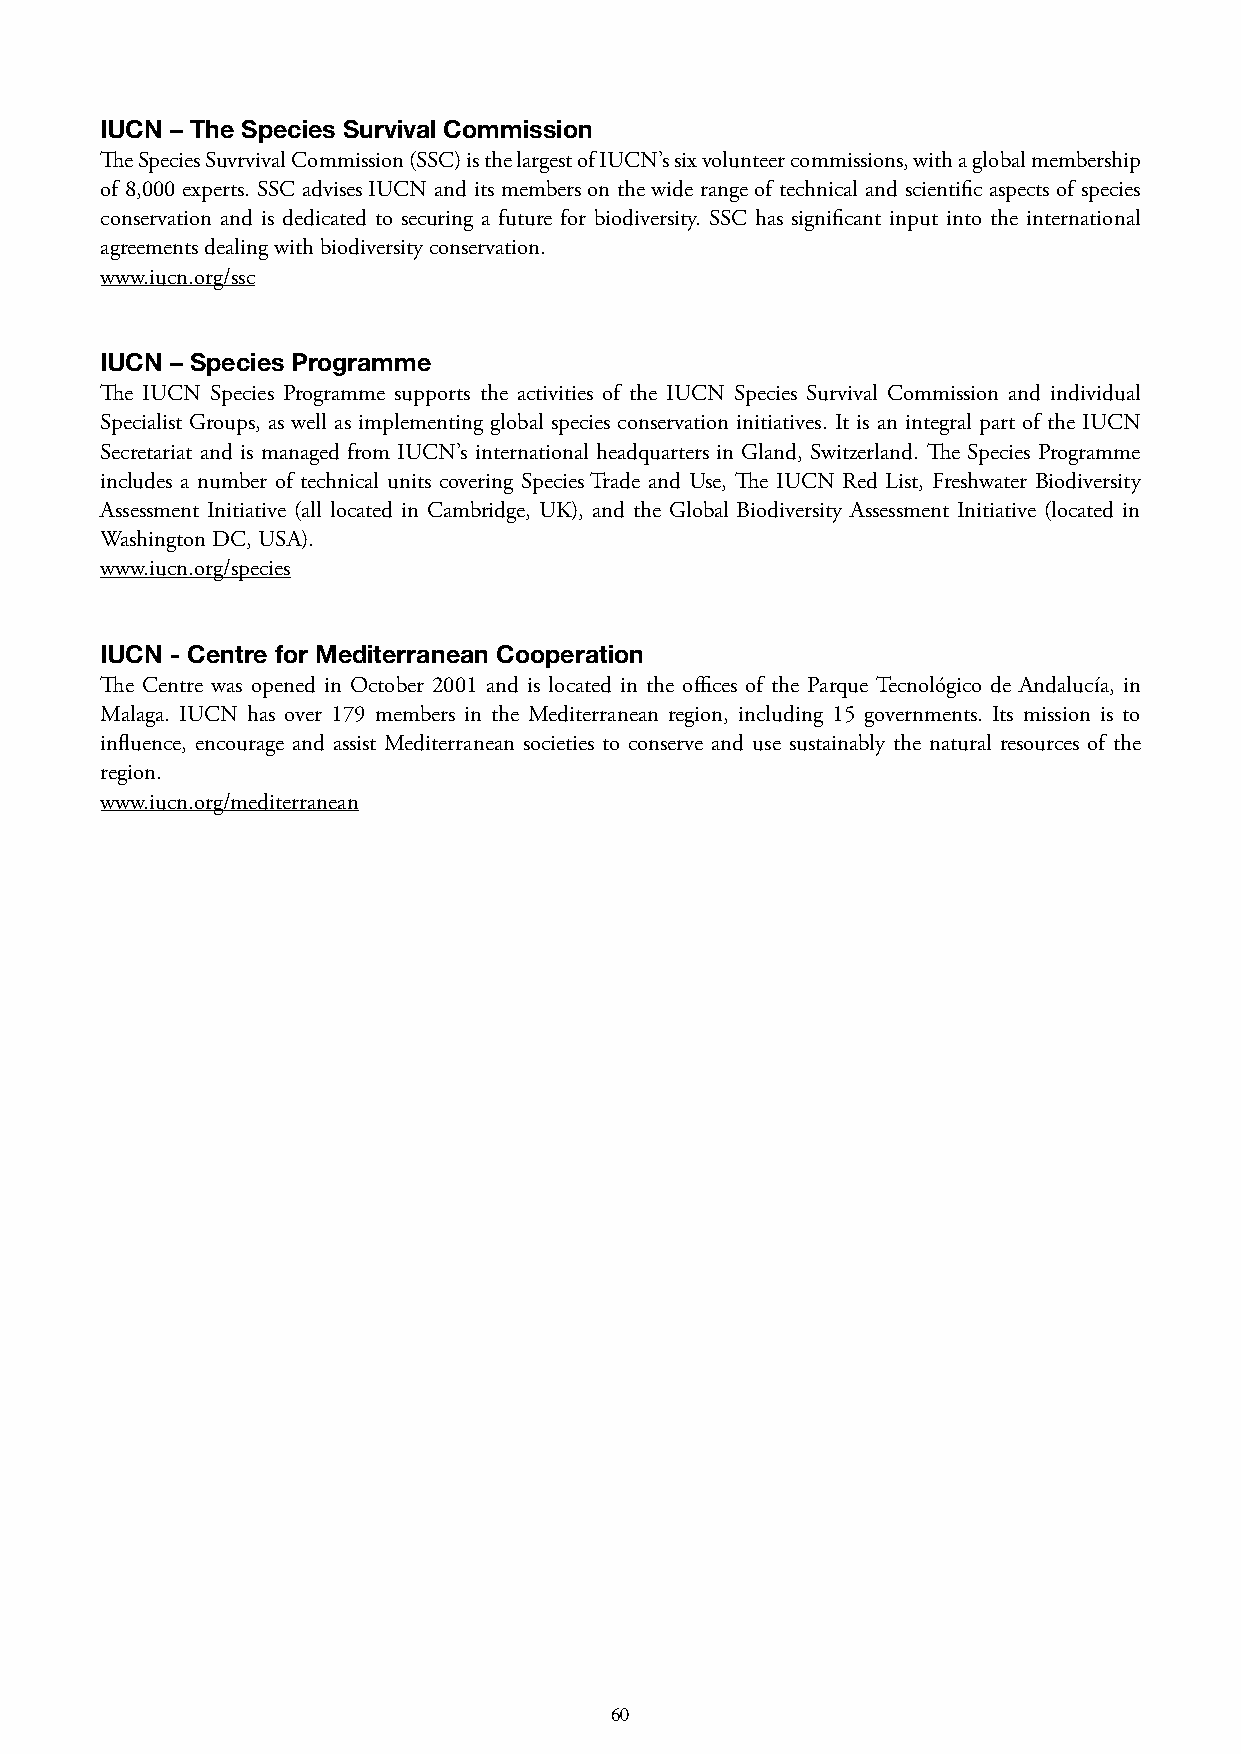
IUCN – The Species Survival Commission
 The Species Suvrvival Commission (SSC) is the largest of IUCN’s six volunteer commissions, with a global membership
 of 8,000 experts. SSC advises IUCN and its members on the wide range of technical and scientific aspects of species
 conservation and is dedicated to securing a future for biodiversity. SSC has significant input into the international
 agreements dealing with biodiversity conservation.
 www.iucn.org/ssc
 IUCN – Species Programme
 The IUCN Species Programme supports the activities of the IUCN Species Survival Commission and individual
 Specialist Groups, as well as implementing global species conservation initiatives. It is an integral part of the IUCN
 Secretariat and is managed from IUCN’s international headquarters in Gland, Switzerland. The Species Programme
 includes a number of technical units covering Species Trade and Use, The IUCN Red List, Freshwater Biodiversity
 Assessment Initiative (all located in Cambridge, UK), and the Global Biodiversity Assessment Initiative (located in
 Washington DC, USA).
 www.iucn.org/species
 IUCN - Centre for Mediterranean Cooperation
 The Centre was opened in October 2001 and is located in the offices of the Parque Tecnológico de Andalucía, in
 Malaga. IUCN has over 179 members in the Mediterranean region, including 15 governments. Its mission is to
 influence, encourage and assist Mediterranean societies to conserve and use sustainably the natural resources of the
 region.
 www.iucn.org/mediterranean
 59                                      60